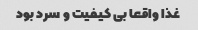
غذا واقعا بی کیفیت و سرد بود